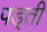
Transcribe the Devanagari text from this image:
पड़्ती